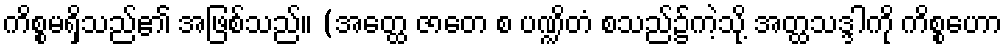
ကိစ္စမရှိသည်၏ အဖြစ်သည်။ (အတ္ထေ ဇာတေ စ ပဏ္ဍိတံ စသည်၌ကဲ့သို့ အတ္ထသဒ္ဒါကို ကိစ္စဟော